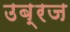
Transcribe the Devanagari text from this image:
उब्रज